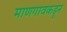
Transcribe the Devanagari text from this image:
माणगावकडून